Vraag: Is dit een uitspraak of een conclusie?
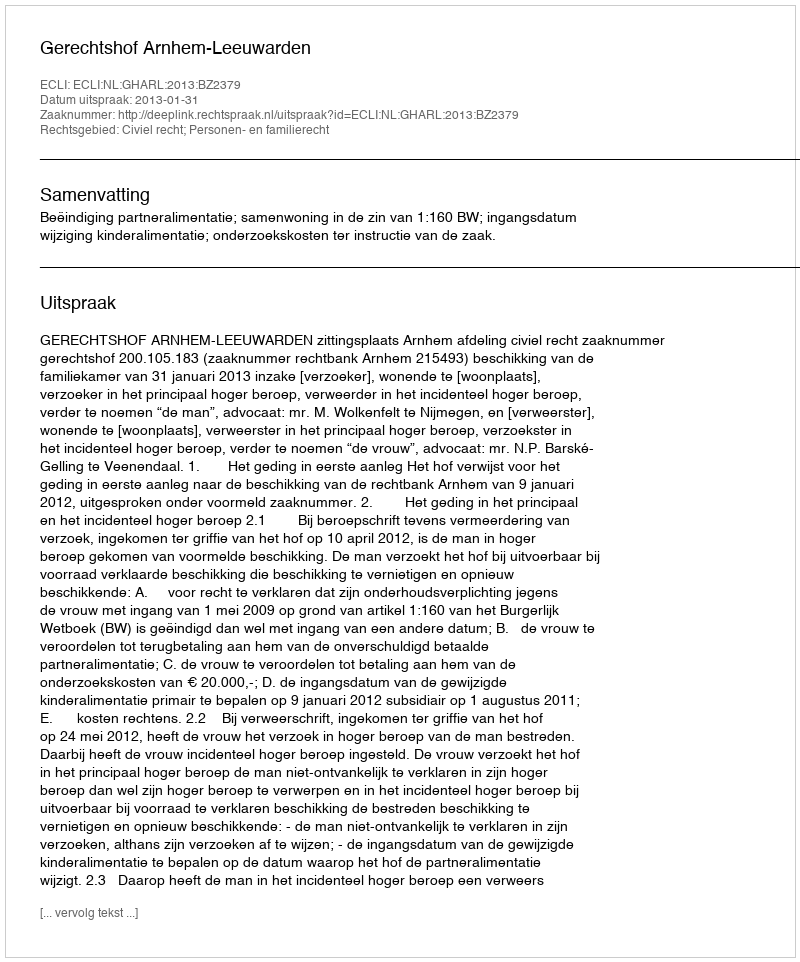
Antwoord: Uitspraak